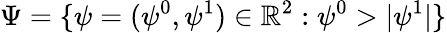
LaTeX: \Psi=\{ \psi=(\psi^{0},\psi^{1})\in\mathbb R^{2}:\psi^{0}>|\psi^{1}|\}